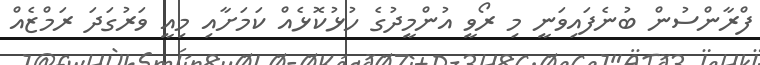
ފްރާންސުން ބުނެފައިވަނީ މި ރޯވީ އުންމީދުގެ ހުޅުކޮޅެއް ކަމަށާއި މިއީ ވަރުގަދަ ރަމްޒެއް